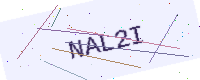
Text: NAL2I